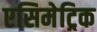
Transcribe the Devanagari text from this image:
एसिमेट्रिक